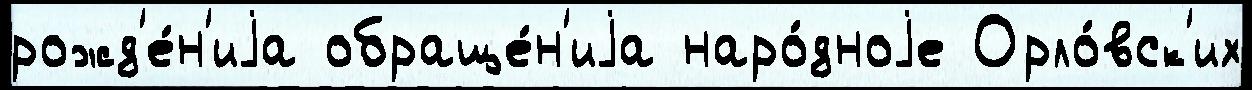
рожд'е́н'иjа обраще́н'иjа наро́дноjе Орло́вск'их